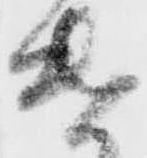
遣